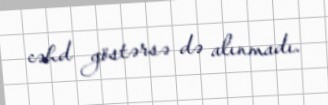
cəhd göstərsə də alınmadı.